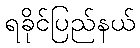
ရခိုင်ပြည်နယ်